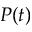
P ( t )